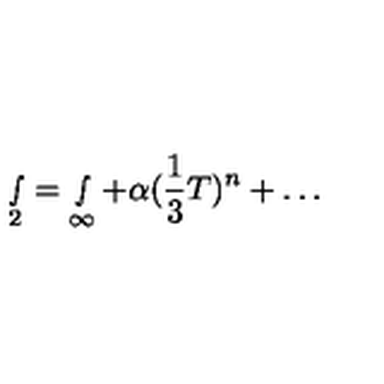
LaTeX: \smallint _ { 2 } = \smallint _ { \infty } + \alpha ( { \frac 1 3 } T ) ^ { n } + \ldots